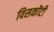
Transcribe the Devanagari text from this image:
विसकोंटी